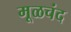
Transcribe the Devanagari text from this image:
मूळचंद